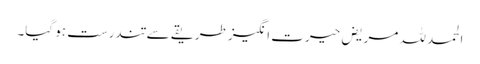
الحمد للہ مریض حیرت انگیز طریقے سے تندرست ہو گیا۔